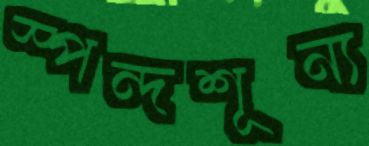
স্পন্দশূন্য